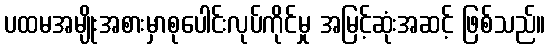
ပထမအမျိုးအစားမှာစုပေါင်းလုပ်ကိုင်မှု အမြင့်ဆုံးအဆင့် ဖြစ်သည်။